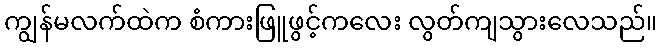
ကျွန်မလက်ထဲက စံကားဖြူဖွင့်ကလေး လွတ်ကျသွားလေသည်။